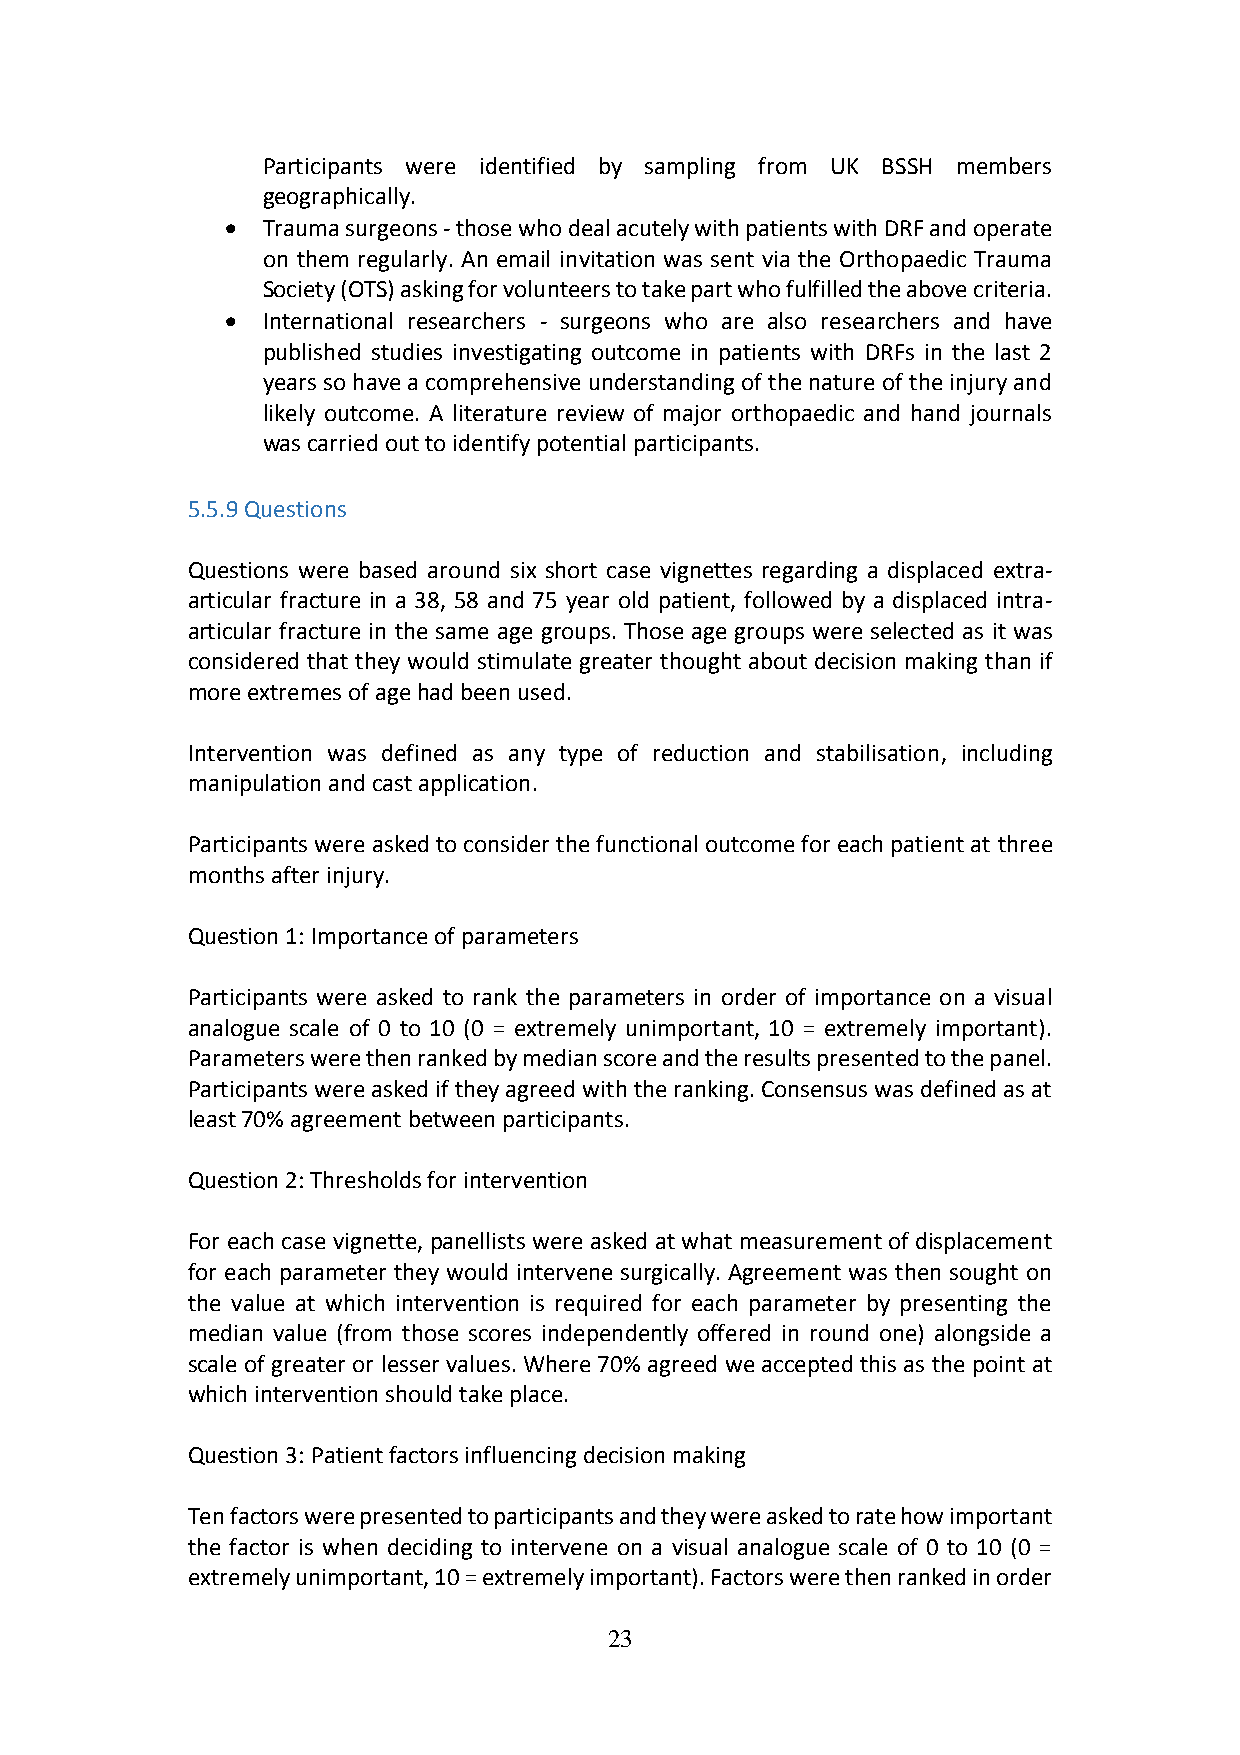
Participants were identified by sampling from UK BSSH members
 geographically.
  Trauma surgeons - those who deal acutely with patients with DRF and operate
 on them regularly. An email invitation was sent via the Orthopaedic Trauma
 Society (OTS) asking for volunteers to take part who fulfilled the above criteria.
  International researchers - surgeons who are also researchers and have
 published studies investigating outcome in patients with DRFs in the last 2
 years so have a comprehensive understanding of the nature of the injury and
 likely outcome. A literature review of major orthopaedic and hand journals
 was carried out to identify potential participants.
 5.5.9 Questions
 Questions were based around six short case vignettes regarding a displaced extra-
 articular fracture in a 38, 58 and 75 year old patient, followed by a displaced intra-
 articular fracture in the same age groups. Those age groups were selected as it was
 considered that they would stimulate greater thought about decision making than if
 more extremes of age had been used.
 Intervention was defined as any type of reduction and stabilisation, including
 manipulation and cast application.
 Participants were asked to consider the functional outcome for each patient at three
 months after injury.
 Question 1: Importance of parameters
 Participants were asked to rank the parameters in order of importance on a visual
 analogue scale of 0 to 10 (0 = extremely unimportant, 10 = extremely important).
 Parameters were then ranked by median score and the results presented to the panel.
 Participants were asked if they agreed with the ranking. Consensus was defined as at
 least 70% agreement between participants.
 Question 2: Thresholds for intervention
 For each case vignette, panellists were asked at what measurement of displacement
 for each parameter they would intervene surgically. Agreement was then sought on
 the value at which intervention is required for each parameter by presenting the
 median value (from those scores independently offered in round one) alongside a
 scale of greater or lesser values. Where 70% agreed we accepted this as the point at
 which intervention should take place.
 Question 3: Patient factors influencing decision making
 Ten factors were presented to participants and they were asked to rate how important
 the factor is when deciding to intervene on a visual analogue scale of 0 to 10 (0 =
 extremely unimportant, 10 = extremely important). Factors were then ranked in order
 23